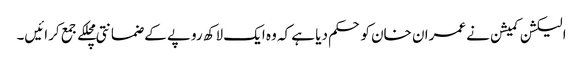
الیکشن کمیشن نے عمران خان کو حکم دیا ہے کہ وہ ایک لاکھ روپے کے ضمانتی مچلکے جمع کرائیں۔